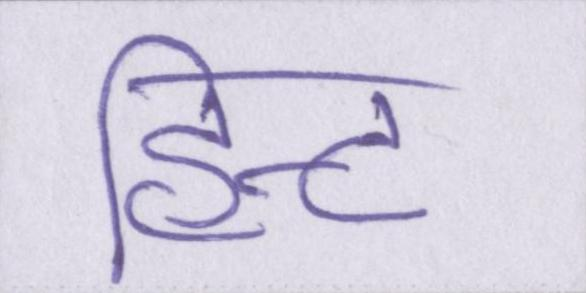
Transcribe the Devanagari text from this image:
हिन्ट